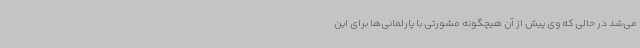
می‌شد در حالی که وی پیش از آن هیچگونه مشورتی با پارلمانی‌ها برای این